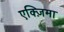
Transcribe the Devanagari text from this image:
एक्ज़िमा